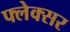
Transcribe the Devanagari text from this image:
फ्लेक्सर